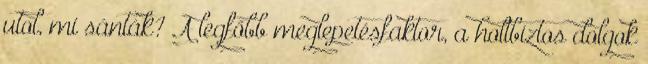
utol, mi sánták? A legfőbb meglepetésfaktor, a holtbiztos dolgok